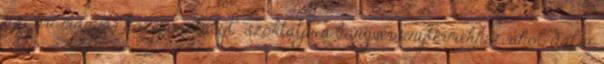
az "úri magyar középosztályt" szoktatja a hangversenytermekhez, ahol dalai